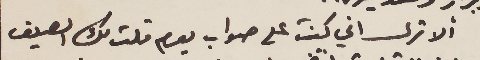
ألا ترى اني كنت على صواب يوم قلت لك الصيف